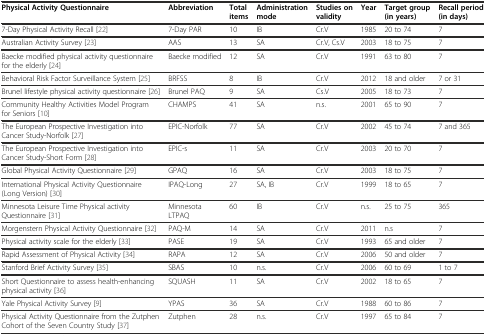
<table><thead><tr><td><b>Physical Activity Questionnaire</b></td><td><b>Abbreviation</b></td><td><b>Total items</b></td><td><b>Administration mode</b></td><td><b>Studies on validity</b></td><td><b>Year</b></td><td><b>Target group (in years)</b></td><td><b>Recall period (in days)</b></td></tr></thead><tbody><tr><td>7-Day Physical Activity Recall [22]</td><td>7-Day PAR</td><td>10</td><td>IB</td><td>Cr.V</td><td>1985</td><td>20 to 74</td><td>7</td></tr><tr><td>Australian Activity Survey [23]</td><td>AAS</td><td>13</td><td>SA</td><td>Cr.V, Cs.V</td><td>2003</td><td>18 to 75</td><td>7</td></tr><tr><td>Baecke modified physical activity questionnaire for the elderly [24]</td><td>Baecke modified</td><td>12</td><td>SA</td><td>Cr.V</td><td>1991</td><td>63 to 80</td><td>7</td></tr><tr><td>Behavioral Risk Factor Surveillance System [25]</td><td>BRFSS</td><td>8</td><td>IB</td><td>Cr.V</td><td>2012</td><td>18 and older</td><td>7 or 31</td></tr><tr><td>Brunel lifestyle physical activity questionnaire [26]</td><td>Brunel PAQ</td><td>9</td><td>SA</td><td>Cs.V</td><td>2005</td><td>18 to 73</td><td>7</td></tr><tr><td>Community Healthy Activities Model Program for Seniors [10]</td><td>CHAMPS</td><td>41</td><td>SA</td><td>n.s.</td><td>2001</td><td>65 to 90</td><td>7</td></tr><tr><td>The European Prospective Investigation into Cancer Study-Norfolk [27]</td><td>EPIC-Norfolk</td><td>77</td><td>SA</td><td>Cr.V</td><td>2002</td><td>45 to 74</td><td>7 and 365</td></tr><tr><td>The European Prospective Investigation into Cancer Study-Short Form [28]</td><td>EPIC-s</td><td>11</td><td>SA</td><td>Cr.V</td><td>2003</td><td>20 to 70</td><td>7</td></tr><tr><td>Global Physical Activity Questionnaire [29]</td><td>GPAQ</td><td>16</td><td>SA</td><td>Cr.V</td><td>2003</td><td>18 to 75</td><td>7</td></tr><tr><td>International Physical Activity Questionnaire (Long Version) [30]</td><td>IPAQ-Long</td><td>27</td><td>SA, IB</td><td>Cr.V</td><td>1999</td><td>18 to 65</td><td>7</td></tr><tr><td>Minnesota Leisure Time Physical activity Questionnaire [31]</td><td>Minnesota LTPAQ</td><td>60</td><td>IB</td><td>Cr.V</td><td>n.s.</td><td>25 to 75</td><td>365</td></tr><tr><td>Morgenstern Physical Activity Questionnaire [32]</td><td>PAQ-M</td><td>14</td><td>SA</td><td>Cr.V</td><td>2011</td><td>n.s</td><td>7</td></tr><tr><td>Physical activity scale for the elderly [33]</td><td>PASE</td><td>19</td><td>SA</td><td>Cr.V</td><td>1993</td><td>65 and older</td><td>7</td></tr><tr><td>Rapid Assessment of Physical Activity [34]</td><td>RAPA</td><td>12</td><td>SA</td><td>Cr.V</td><td>2006</td><td>50 and older</td><td>7</td></tr><tr><td>Stanford Brief Activity Survey [35]</td><td>SBAS</td><td>10</td><td>n.s.</td><td>Cr.V</td><td>2006</td><td>60 to 69</td><td>1 to 7</td></tr><tr><td>Short Questionnaire to assess health-enhancing physical activity [36]</td><td>SQUASH</td><td>11</td><td>SA</td><td>Cr.V</td><td>2002</td><td>18 to 65</td><td>7</td></tr><tr><td>Yale Physical Activity Survey [9]</td><td>YPAS</td><td>36</td><td>SA</td><td>Cr.V</td><td>1988</td><td>60 to 86</td><td>7</td></tr><tr><td>Physical Activity Questionnaire from the Zutphen Cohort of the Seven Country Study [37]</td><td>Zutphen</td><td>28</td><td>n.s.</td><td>Cr.V</td><td>1997</td><td>65 to 84</td><td>7</td></tr></tbody></table>